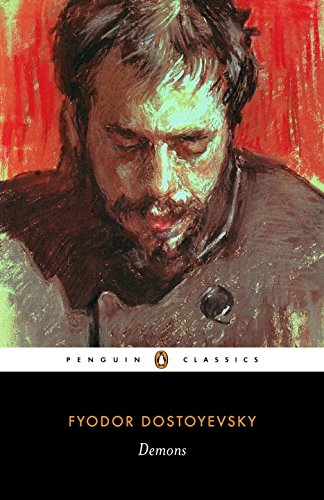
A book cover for Demons (Penguin Classics); Fyodor Dostoevsky; Literature & Fiction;